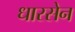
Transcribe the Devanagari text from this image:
धारसेन